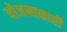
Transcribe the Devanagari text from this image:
योजनाकारी